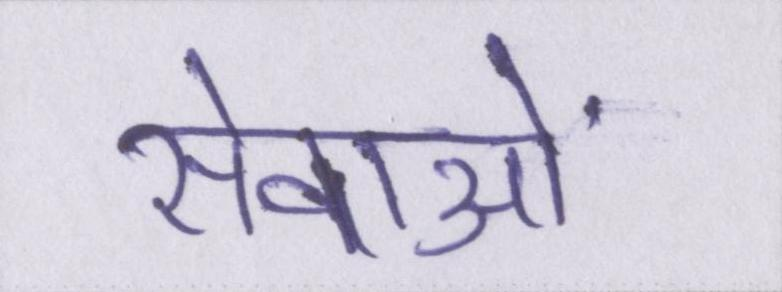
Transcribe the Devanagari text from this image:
सेवाओं